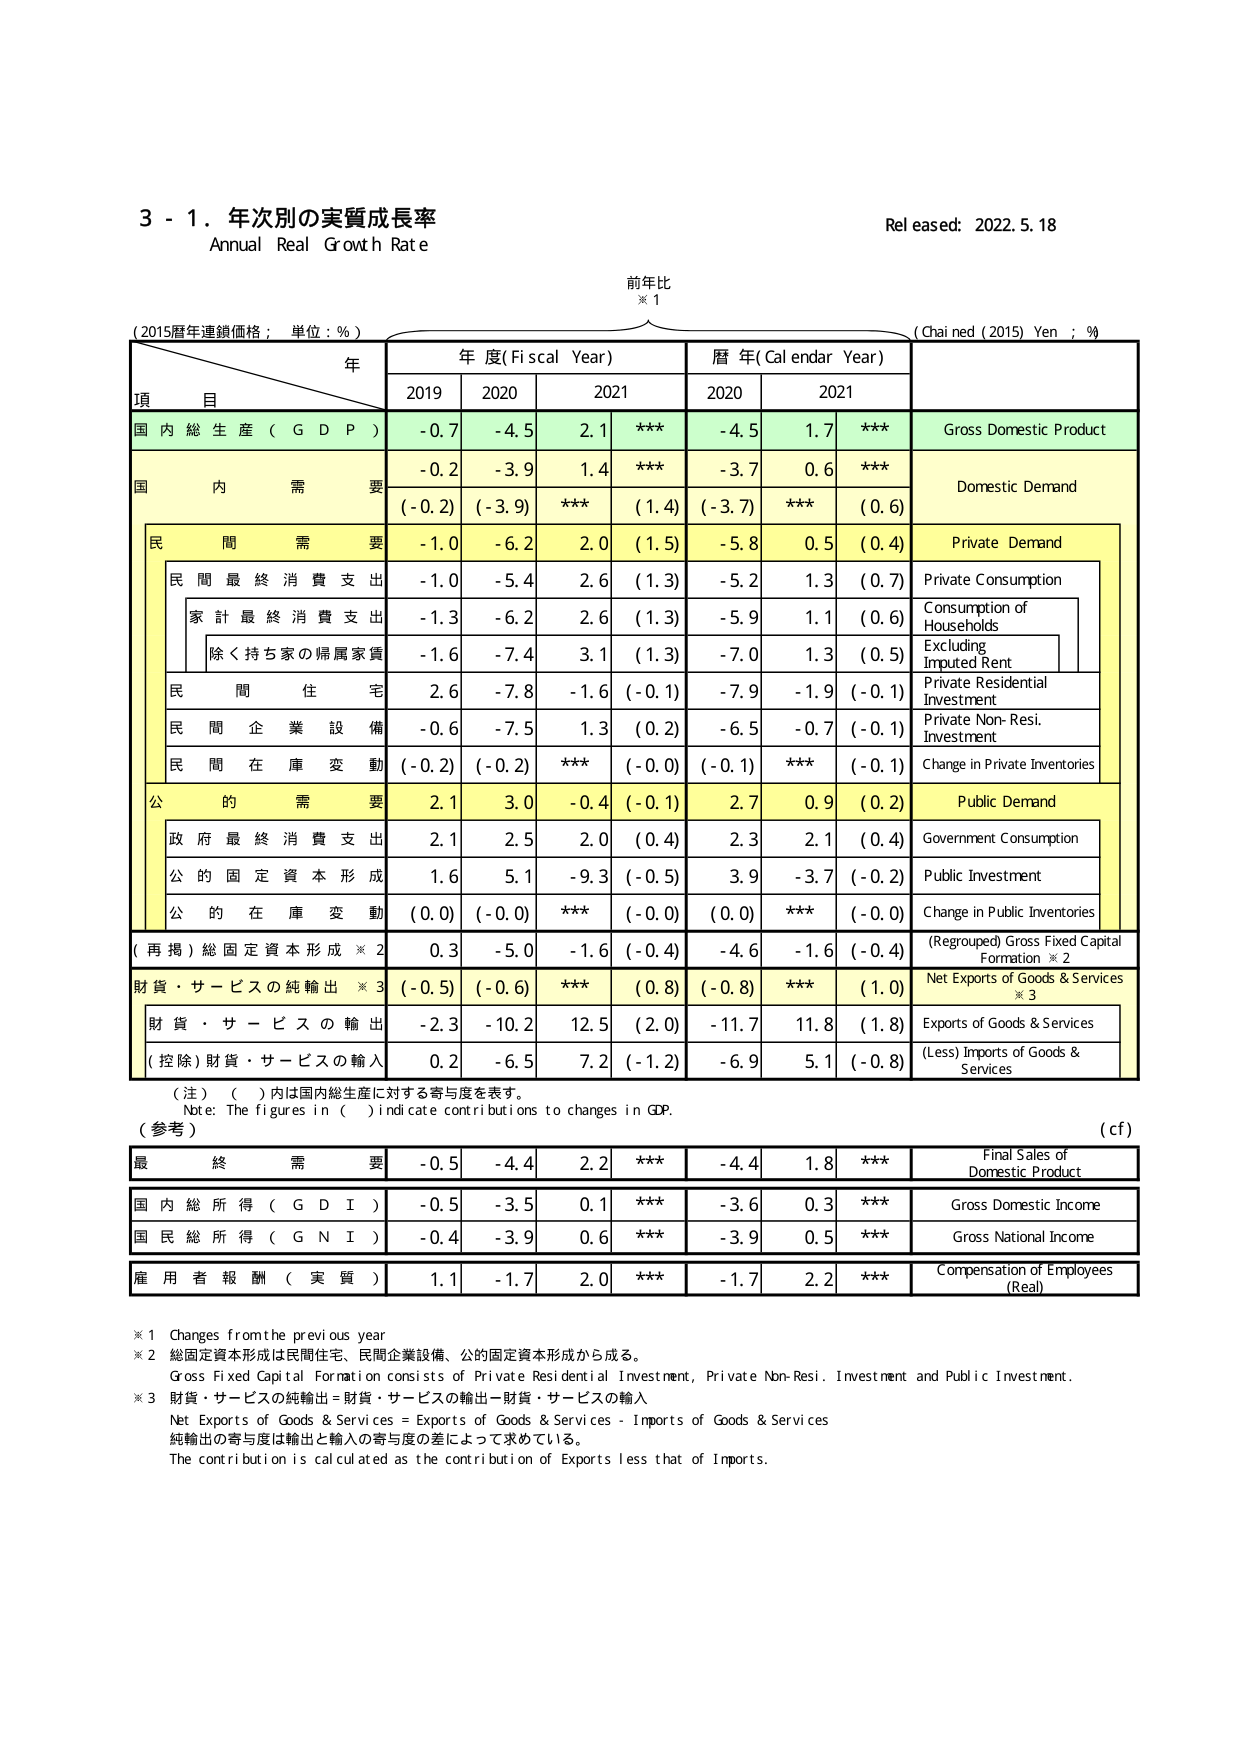
3 - 1. 年次別の実質成長率
Annual Real Growth Rate
Released: 2022.5.18

前年比
※1

(2015暦年連鎖価格；単位：%）
年
年度(Fiscal Year)
暦年(Calendar Year)
(Chained (2015) Yen ; %)

項 目
2019
2020
2021
2020
2021

国内総生産（GDP）
-0.7
-4.5
2.1
***
-4.5
1.7
***
Gross Domestic Product

国内需要
-0.2
-3.9
1.4
***
-3.7
0.6
***
Domestic Demand
(-0.2)
(-3.9)
***
(1.4)
(-3.7)
***
(0.6)

民間需要
-1.0
-6.2
2.0
(1.5)
-5.8
0.5
(0.4)
Private Demand

民間最終消費支出
-1.0
-5.4
2.6
(1.3)
-5.2
1.3
(0.7)
Private Consumption

家計最終消費支出
-1.3
-6.2
2.6
(1.3)
-5.9
1.1
(0.6)
Consumption of Households

除く持ち家の帰属家賃
-1.6
-7.4
3.1
(1.3)
-7.0
1.3
(0.5)
Excluding Imputed Rent

民間住宅
2.6
-7.8
-1.6
(-0.1)
-7.9
-1.9
(-0.1)
Private Residential Investment

民間企業設備
-0.6
-7.5
1.3
(0.2)
-6.5
-0.7
(-0.1)
Private Non-Resi. Investment

民間在庫変動
(-0.2)
(-0.2)
***
(-0.0)
(-0.1)
***
(-0.1)
Change in Private Inventories

公的需要
2.1
3.0
-0.4
(-0.1)
2.7
0.9
(0.2)
Public Demand

政府最終消費支出
2.1
2.5
2.0
(0.4)
2.3
2.1
(0.4)
Government Consumption

公的固定資本形成
1.6
5.1
-9.3
(-0.5)
3.9
-3.7
(-0.2)
Public Investment

公的在庫変動
(0.0)
(-0.0)
***
(-0.0)
(0.0)
***
(-0.0)
Change in Public Inventories

(再掲)総固定資本形成※2
0.3
-5.0
-1.6
(-0.4)
-4.6
-1.6
(-0.4)
(Regrouped) Gross Fixed Capital Formation ※2

財貨・サービスの純輸出※3
(-0.5)
(-0.6)
***
(0.8)
(-0.8)
***
(1.0)
Net Exports of Goods & Services ※3

財貨・サービスの輸出
-2.3
-10.2
12.5
(2.0)
-11.7
11.8
(1.8)
Exports of Goods & Services

(控除)財貨・サービスの輸入
0.2
-6.5
7.2
(-1.2)
-6.9
5.1
(-0.8)
(Less) Imports of Goods & Services

（注）（ ）内は国内総生産に対する寄与度を表す。
Note: The figures in ( ) indicate contributions to changes in GDP.

（参考）
(cf)

最終需要
-0.5
-4.4
2.2
***
-4.4
1.8
***
Final Sales of Domestic Product

国内総所得（GDI）
-0.5
-3.5
0.1
***
-3.6
0.3
***
Gross Domestic Income

国民総所得（GNI）
-0.4
-3.9
0.6
***
-3.9
0.5
***
Gross National Income

雇用者報酬（実質）
1.1
-1.7
2.0
***
-1.7
2.2
***
Compensation of Employees (Real)

※1 Changes from the previous year
※2 総固定資本形成は民間住宅、民間企業設備、公的固定資本形成から成る。
Gross Fixed Capital Formation consists of Private Residential Investment, Private Non-Resi. Investment and Public Investment.
※3 財貨・サービスの純輸出＝財貨・サービスの輸出－財貨・サービスの輸入
Net Exports of Goods & Services = Exports of Goods & Services - Imports of Goods & Services
純輸出の寄与度は輸出と輸入の寄与度の差によって求めている。
The contribution is calculated as the contribution of Exports less that of Imports.